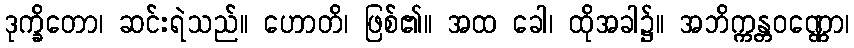
ဒုက္ခိတော၊ ဆင်းရဲသည်။ ဟောတိ၊ ဖြစ်၏။ အထ ခေါ၊ ထိုအခါ၌။ အဘိက္ကန္တဝဏ္ဏော၊